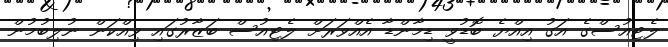
ލެޓިއުސްގެ އަގު އިއްޔެ ބޮޑުވީ ޑިމާންޑާ އެއްވަރަށް ލެޓިއުސް ބަޒާރުގައި ވިއްކަން ނުލިބުމުން